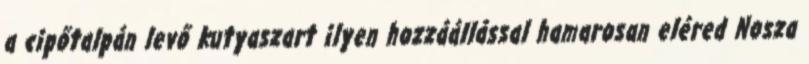
a cipőtalpán levő kutyaszart ilyen hozzáállással hamarosan eléred Nosza